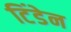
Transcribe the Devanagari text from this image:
टिंडेन